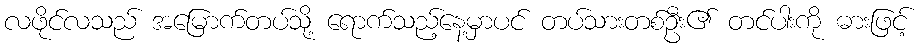
လဖိုင်လသည် အမြောက်တပ်သို့ ရောက်သည့်နေ့မှာပင် တပ်သားတစ်ဦး၏ တင်ပါးကို ဓားဖြင့်